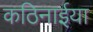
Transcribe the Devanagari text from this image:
कठिनाईया